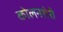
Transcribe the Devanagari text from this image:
कोलनशेरी